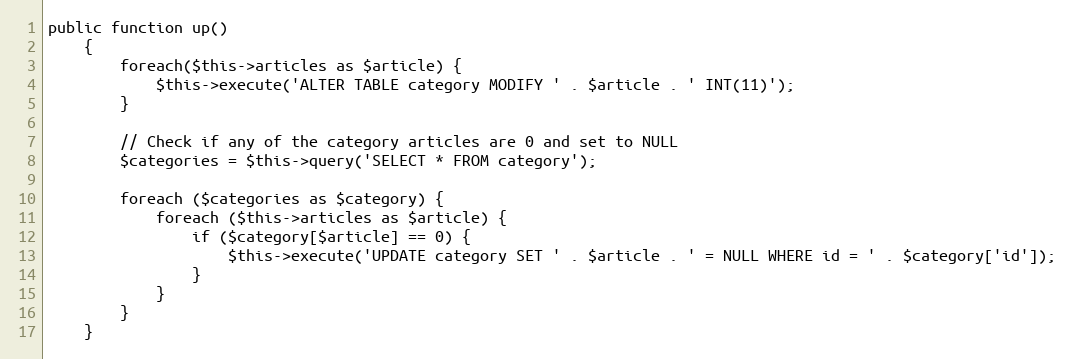
Language: PHP
public function up()
    {
		foreach($this->articles as $article) {
			$this->execute('ALTER TABLE category MODIFY ' . $article . ' INT(11)');
		}

		// Check if any of the category articles are 0 and set to NULL
		$categories = $this->query('SELECT * FROM category');

		foreach ($categories as $category) {
			foreach ($this->articles as $article) {
				if ($category[$article] == 0) {
					$this->execute('UPDATE category SET ' . $article . ' = NULL WHERE id = ' . $category['id']);
				}
			}
		}
    }